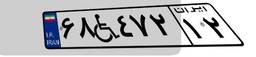
۶۸W۴۷۲۱۲